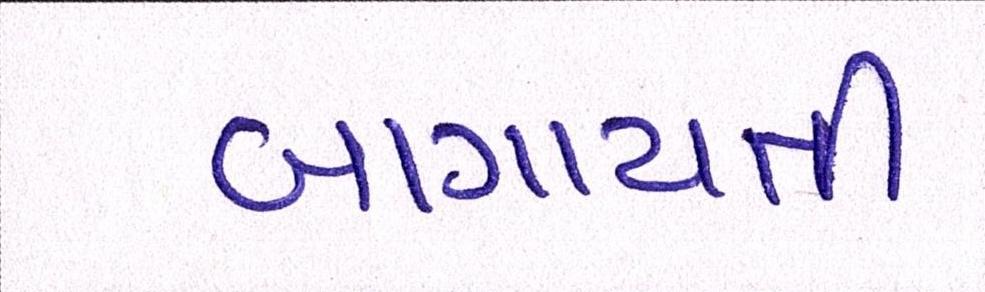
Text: બાગાયતી